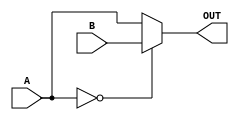
module rs2_select_unit(
    input [1:0] A,
    input [1:0] B,
    output reg [1:0] OUT
    );
       
    always @(*) begin
        if (A == 2'd0 )
            OUT = B;
        else
            OUT = A;
    end
endmodule